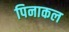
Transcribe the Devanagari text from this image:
पिनाकल